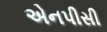
એનપીસી